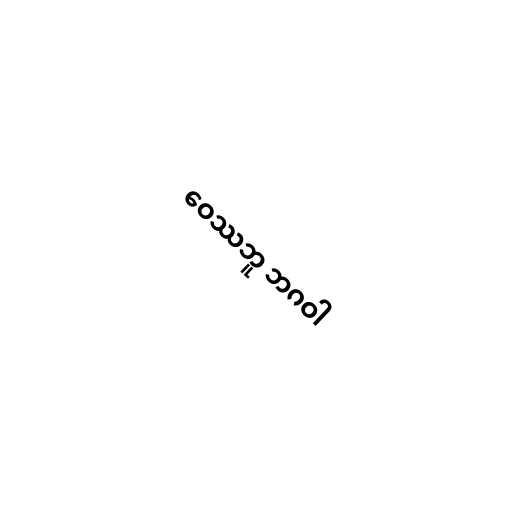
ဝေဿဘူ ဘဂဝါ